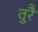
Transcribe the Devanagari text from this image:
तुरै